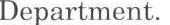
Department.